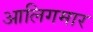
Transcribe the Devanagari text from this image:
आलिगमार